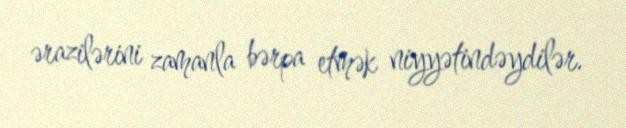
ərazilərini zamanla bərpa etmək niyyətindəydilər.